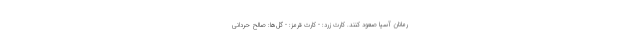
رمانان آسیا صعود کنند. کارت زرد: - کارت قرمز: - گل‌ها: صالح حردانی